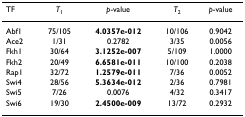
<table><thead><tr><td><b>TF</b></td><td><b><i>T</i><sub>1</sub></b></td><td><b><i>p</i>-value</b></td><td><b><i>T</i><sub>2</sub></b></td><td><b><i>p</i>-value</b></td></tr></thead><tbody><tr><td>Abf1</td><td>75/105</td><td><b>4.0357e-012</b></td><td>10/106</td><td>0.9042</td></tr><tr><td>Ace2</td><td>1/31</td><td>0.2782</td><td>3/35</td><td>0.0056</td></tr><tr><td>Fkh1</td><td>30/64</td><td><b>3.1252e-007</b></td><td>5/109</td><td>1.0000</td></tr><tr><td>Fkh2</td><td>20/49</td><td><b>6.6581e-011</b></td><td>10/100</td><td>0.2038</td></tr><tr><td>Rap1</td><td>32/72</td><td><b>1.2579e-011</b></td><td>7/36</td><td>0.0052</td></tr><tr><td>Swi4</td><td>28/56</td><td><b>5.3634e-012</b></td><td>2/36</td><td>0.7981</td></tr><tr><td>Swi5</td><td>7/26</td><td>0.0076</td><td>4/32</td><td>0.3417</td></tr><tr><td>Swi6</td><td>19/30</td><td><b>2.4500e-009</b></td><td>13/72</td><td>0.2932</td></tr></tbody></table>